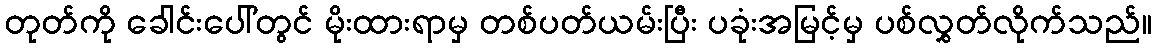
တုတ်ကို ခေါင်းပေါ်တွင် မိုးထားရာမှ တစ်ပတ်ယမ်းပြီး ပခုံးအမြင့်မှ ပစ်လွှတ်လိုက်သည်။